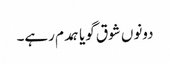
دونوں شوق گویا ہمدم رہے۔